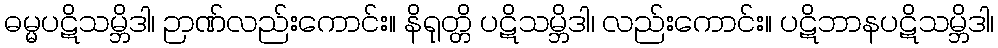
ဓမ္မပဋိသမ္ဘိဒါ၊ ဉာဏ်လည်းကောင်း။ နိရုတ္တိ ပဋိသမ္ဘိဒါ၊ လည်းကောင်း။ ပဋိဘာနပဋိသမ္ဘိဒါ၊